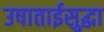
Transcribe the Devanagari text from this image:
उषाताईसुद्धा